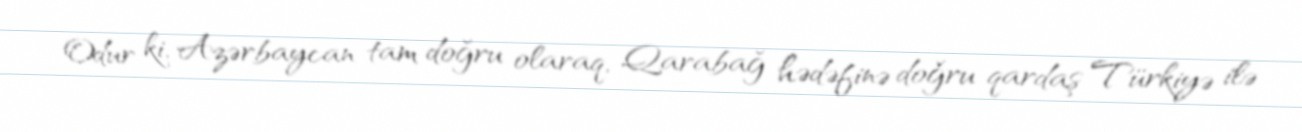
Odur ki, Azərbaycan tam doğru olaraq, Qarabağ hədəfinə doğru qardaş Türkiyə ilə